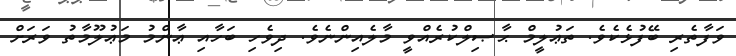
ވަފާތެރި ބޭފުޅެކެވެ. ތަޢުލީމް ޙާޞިލްކުރެއްވީ މާލެއިންނެވެ. ދިވެހި ބަހާއި ޢާންމު މަޢުލޫމާތު ވަރަށް